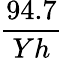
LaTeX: \frac{94.7}{Yh}